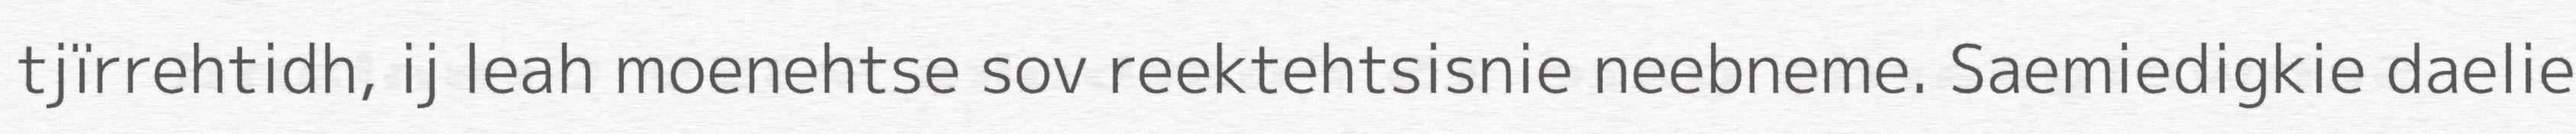
tjïrrehtidh, ij leah moenehtse sov reektehtsisnie neebneme. Saemiedigkie daelie